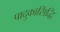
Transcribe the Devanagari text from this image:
पादुकासिद्धि